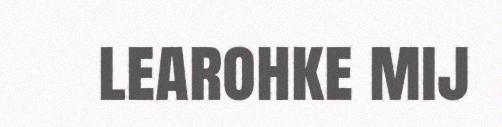
learohke mij